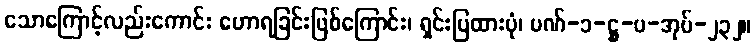
သောကြောင့်လည်းကောင်း ဟောရခြင်းဖြစ်ကြောင်း၊ ရှင်းပြထားပုံ၊ ပဏ်-၁-ဋ္ဌ-ပ-အုပ်-၂၃၂။